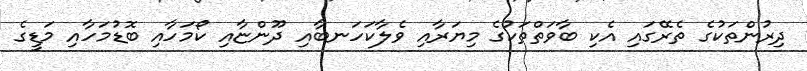
ދިރުންތަކުގެ ތެރޭގައި އެކި ބާވަތްތަކުގެ މިޔަރާއި ވެލާކަހަނބާއި ދޫންޏާއި ކޯމަހާއި ބޮޑުމަހާއި މަޑީގެ